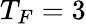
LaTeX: T_{F}=3